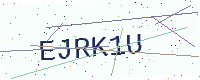
Text: EJRK1U